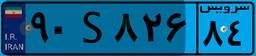
۳۳S۵۹۷۹۸